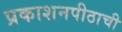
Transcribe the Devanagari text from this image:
प्रकाशनपीठाची